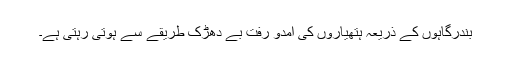
بندرگاہوں کے ذریعہ ہتھیاروں کی آمدو رفت بے دھڑک طریقے سے ہوتی رہتی ہے۔